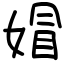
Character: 媢